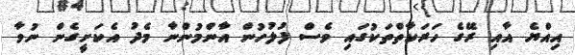
އިއްޔެ އާއި ރޭގެ ހަރަކާތްތަކުގައި ވެސް ފުލުހުން އާންމުންނާ މެދު އެކަށީގެން ނުވާ